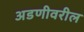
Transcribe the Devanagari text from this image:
अडणीवरील